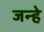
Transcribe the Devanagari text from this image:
जन्हे